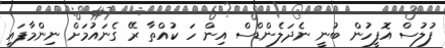
ފުލުސް އޮފީހުން ބުނީ ނެދަލެންޑްސް އިން ހަ ކުއްތާ ރޭ ގެނައުމަށް ނިންމާފައި